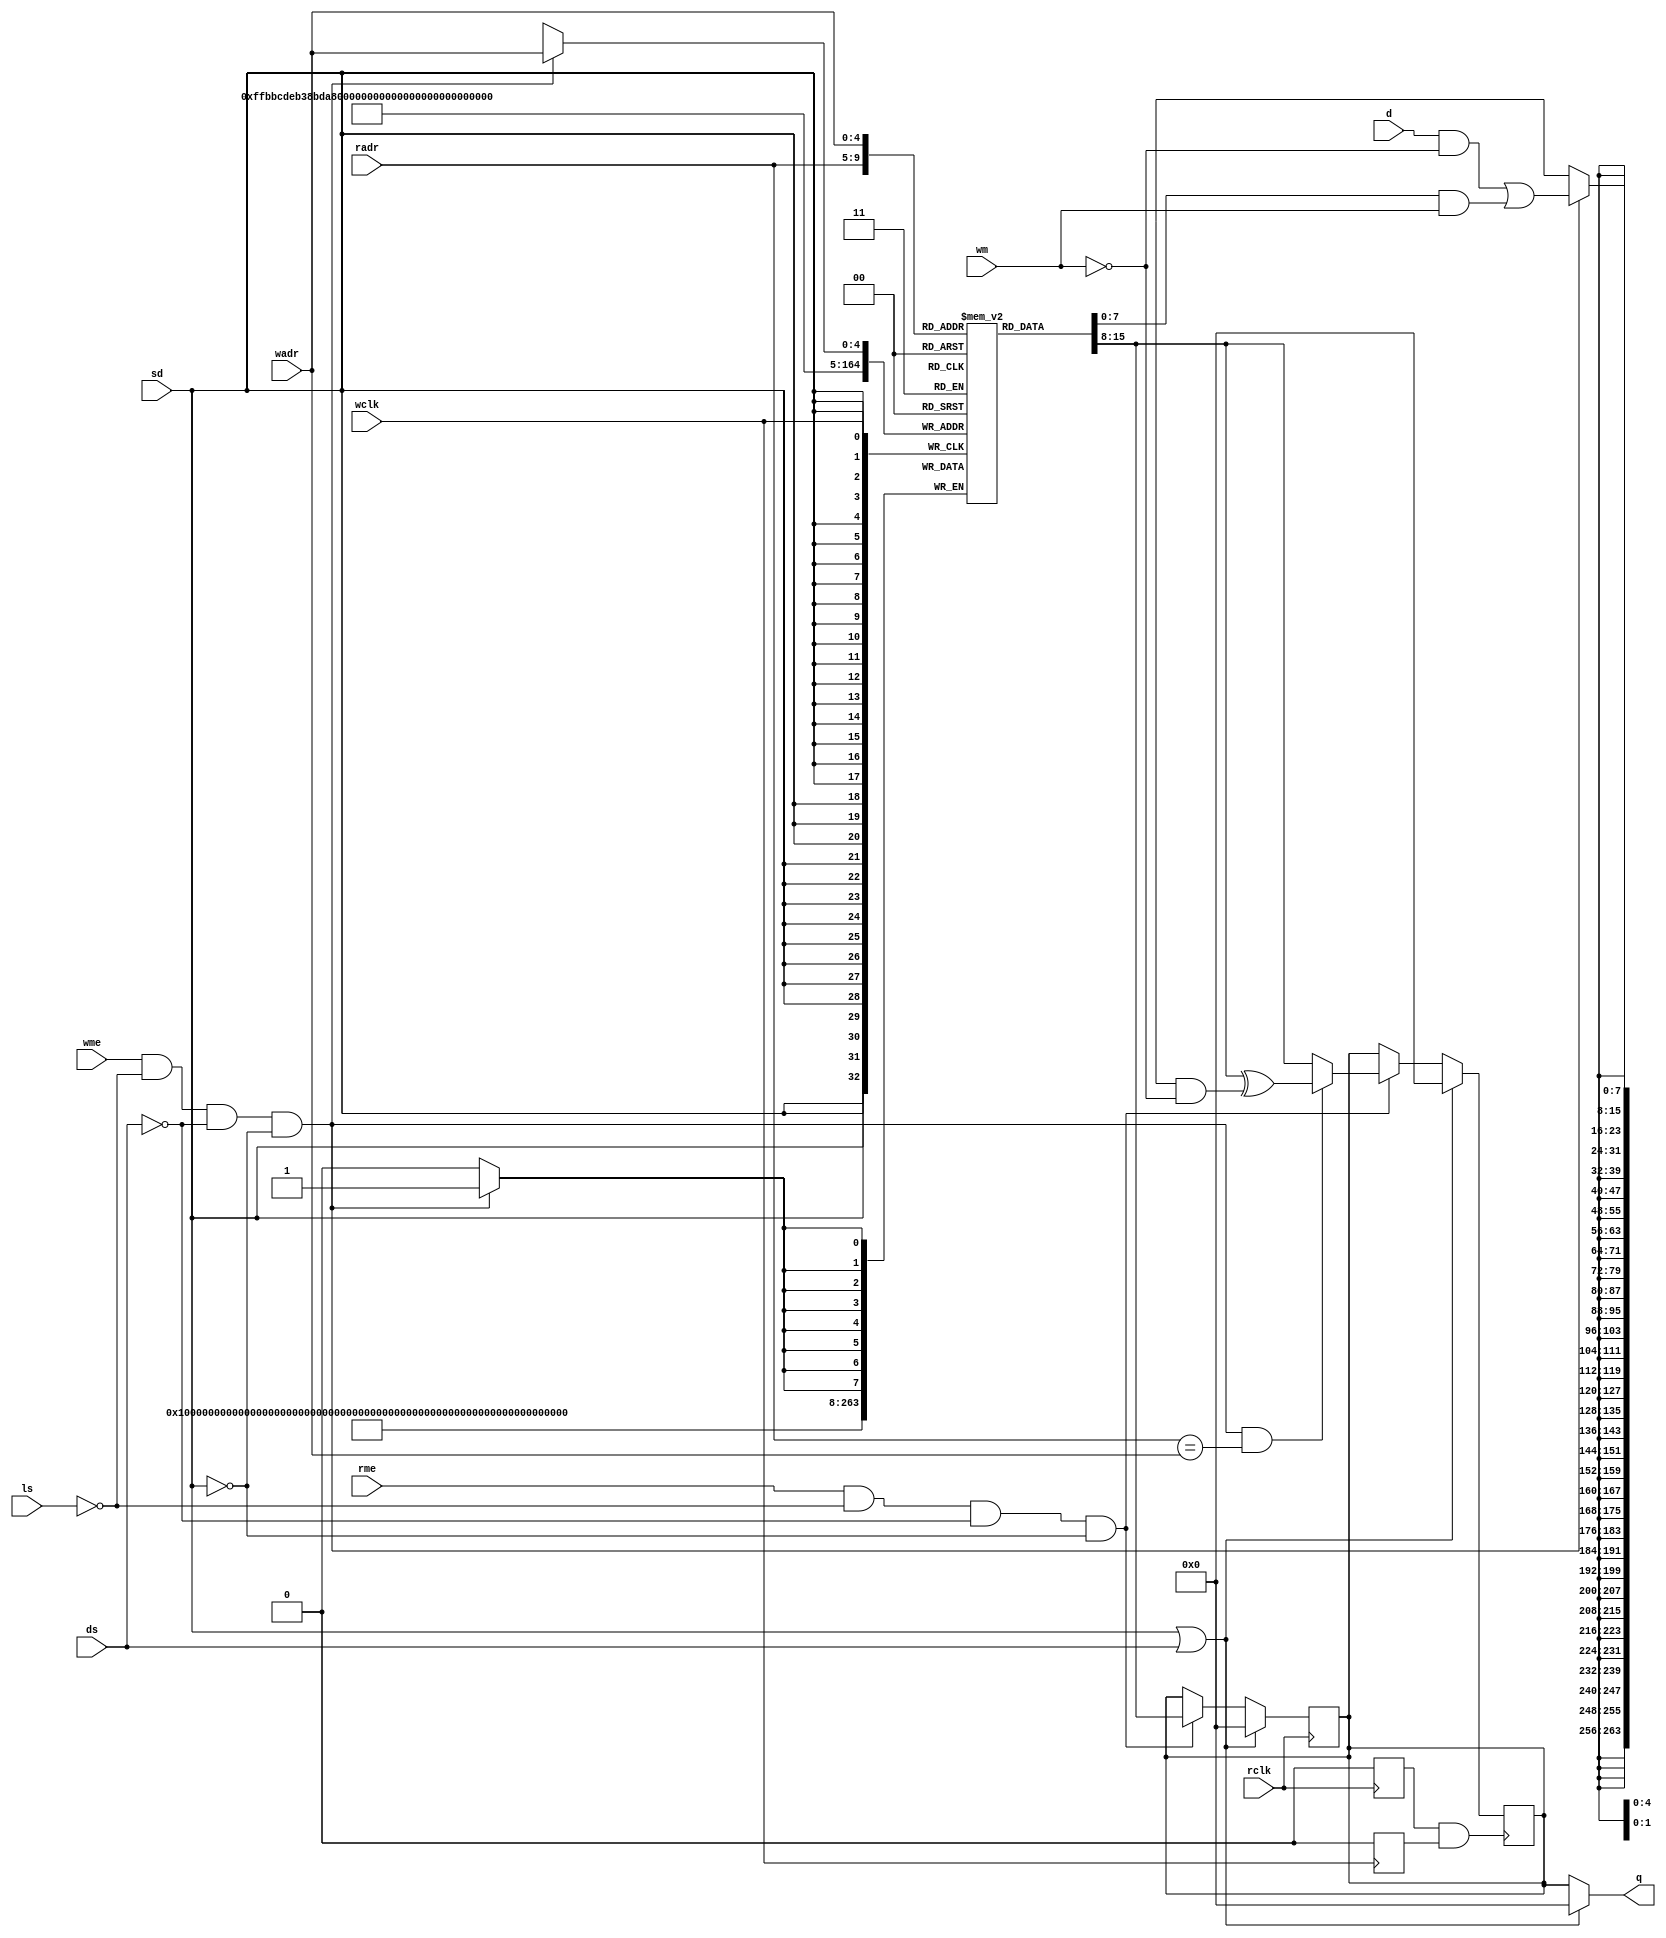
//------------------------------------------------------------------------------
// Catapult Synthesis - Sample I/O Port Library
//
// Copyright (c) 2003-2015 Mentor Graphics Corp.
//       All Rights Reserved
//
// This document may be used and distributed without restriction provided that
// this copyright statement is not removed from the file and that any derivative
// work contains this copyright notice.
//
// The design information contained in this file is intended to be an example
// of the functionality which the end user may study in preparation for creating
// their own custom interfaces. This design does not necessarily present a 
// complete implementation of the named protocol or standard.
//
//------------------------------------------------------------------------------

//=========================================================================================
// 1read/1write PORT SYNCHRONOUS MEMORY
//  -- Models cycle accurate behaviour
//  -- No memory hazard / coruption  is modeled  
//  -- Models Advanced Power Modes (Light Sleep, Deep Sleep, Shutdown) 
//  -- Models bit-level write bitmask (if mask bit is 1 then write is not done on that bit)
//  -- Models write-through behavior
//  -- Models read-write contention
//==========================================================================================

// MEMORY INTERFACE PINS
//  rclk - read port clock (rising edge)
//  rme  - read port select (active high)
//  radr - read port address
//  q    - read data output
//
//  wclk - write port clock (rising edge)
//  wme  - write port select (active high)
//  wadr - write port address
//  d    - write port data
//  wm   - write mask (if bit == 1 write is masked)
//
//  ls   - light sleep mode (active high?)
//  ds   - deep sleep mode (active high?)
//  sd   - shut down (active high?)
//
// MEMORY CONFIGURATION PARAMETERS
//  AW                      - address bus width
//  DW                      - data bus width
//  WT                      - write-through mode (1 for synchronous write through feature)
//  NW                      - number of words (must fit in space addressable by AW)
//  ds_sd_zero              - ???
//  UHD_arch                - ???
//  READ_BEFORE_WRITE       - read before write mode (1 == read-before-write, 0 == read-after-write)
//  LS_DEPTH                - ???
//  TCSEP                   - ???
//  WC_CORRUPT_OVERLAP_BITS - ???
//  RC_CORRUPT_ALL_BITS     - ??? // in case of the read conflict, corrupt all bits irrespective of the mask
//  RC_CORRUPT_WRITE        - ???

module calypto_mem_1r1w (q, rclk, rme, radr, wclk, wme, wm, wadr, d,ls, ds, sd);
   parameter AW = 5;
   parameter DW = 8;
   parameter NW = 32;
   parameter WT = 0;  // set to 1 for synchronous write through feature
   parameter ds_sd_zero = 1;
   parameter UHD_arch = 0;
   parameter READ_BEFORE_WRITE = 0;
   parameter LS_DEPTH = 1;
   parameter TCSEP = 0.001;
   parameter WC_CORRUPT_OVERLAP_BITS = 0;
   parameter RC_CORRUPT_ALL_BITS = 0;  // in case of the read conflict, corrupt all bits irrespective of the mask
   parameter RC_CORRUPT_WRITE = 0;

   output [DW-1:0] q;    // read data (valid on read)
   input           rclk; // clock positive edge triggered
   input           rme;  // read port selected when high
   input [AW-1:0]  radr; // read  address 

   input           wclk; // clock positive edge triggered
   input           wme;  // write port selected when high
   input [AW-1:0]  wadr; // write  address 
   input [DW-1:0]  d;    // write data (used on write)
   input [DW-1:0]  wm;   // write mask (if bit == 1 write is masked)

   input           ls;   // lightsleep
   input           ds;   // deep sleep
   input           sd;   // shut down

   localparam R_B_W = READ_BEFORE_WRITE ? READ_BEFORE_WRITE : UHD_arch;

   ///-- LOCAL SIGNALS
   wire [DW-1:0]   din;
   reg [DW-1:0]    rd_ff;
   reg [DW-1:0]    mem_core_array [0:(1<<AW)-1];
   reg             ls_int;
   wire            ren;
   wire            wen;
   wire            sel_pwr;
   wire            same_clk_edge;

   ///-- READ WITH CONFLICT CHECK
   task ReadPort_CC;
   begin
      if (sel_pwr)   
         rd_ff = (ds_sd_zero) ? {DW{1'b0}} : {DW{1'bX}};
      else
         if (ren)
            begin
               if (!R_B_W & wen & (radr == wadr))
                  begin
                     //rd_ff =  (WT == 1'b0) ? (mem_core_array[radr] ^ ({DW{1'bX}} & ~ wm)) : din;
                     rd_ff = (WT == 1'b0) ? RC_CORRUPT_ALL_BITS?{DW{1'bX}}:(mem_core_array[radr] ^ ({DW{1'bX}} & ~wm)) : din;
                     $display("READ Conflict for address %d at time %t", radr, $realtime);
                  end
               else
                  rd_ff = mem_core_array[radr];
            end
         else 
            if (WT & wen)
               begin
                  rd_ff =  din;
               end
   end
   endtask

`ifndef CALYPTO_SYNTH

   reg CLK_R_T, CLK_W_T;
   always @(posedge rclk)
      begin
         CLK_R_T = 1'b1;
         #TCSEP CLK_R_T = 1'b0;
      end

   always @(posedge wclk)
      begin
         CLK_W_T = 1'b1;
         #TCSEP CLK_W_T = 1'b0;
      end

   assign same_clk_edge = CLK_R_T & CLK_W_T;

   //-- READ WITHOUT CONFLICT
   always @(posedge rclk)
      begin
         if (sel_pwr)   
            rd_ff =  ds_sd_zero ? {DW{1'b0}} : {DW{1'bX}};
         else
            if (WT ? (wen | ren) : ren)
               rd_ff = mem_core_array[radr];
      end

   integer i;
   always @(posedge sd)
      begin
         for (i = 0 ; i < NW ; i = i + 1)
            begin
               mem_core_array[i] = {DW{1'bX}};
            end
      end

   always @(ls)
      ls_int = ls;

`else

   (* ls_regs *) // registers with ls_regs attribute
   reg [LS_DEPTH-1:0] ls_regs_rclk, ls_regs_wclk;

   integer 	      i;

   generate
      if (LS_DEPTH < 2)
         begin
            always @ (posedge rclk)
               ls_regs_rclk = ls;
            always @ (posedge wclk)
               ls_regs_wclk = ls;
         end
      else
         begin
            always @ (posedge rclk)
               ls_regs_rclk = {ls_regs_rclk[LS_DEPTH-2:0], ls};
            always @ (posedge wclk)
               ls_regs_wclk = {ls_regs_wclk[LS_DEPTH-2:0], ls};
         end
   endgenerate

   always @(*)
      begin
         ls_int = ls;
         for (i=0; i<LS_DEPTH; i = i + 1)
            begin
               ls_int = ls_int | (ls_regs_rclk[i] & ls_regs_wclk[i]);
            end
      end

   assign same_clk_edge = rclk;
   
`endif

   assign ren = rme & !ls_int & !ds & !sd ;
   assign wen = wme & !ls_int  & !ds & !sd;
   assign sel_pwr = sd | ds;
   assign q = (sel_pwr) ? ((ds_sd_zero) ? {DW{1'b0}} : {DW{1'bX}}) : rd_ff;

   //-- Override when conflict occurs on aligned edges
   always @(posedge same_clk_edge)
      begin
         ReadPort_CC;
      end

   ///-- WRITE 
   assign din = (d & ~wm) | (mem_core_array[wadr] & wm); 
   always @(posedge wclk)
     if (!R_B_W && wen)
        begin
           mem_core_array[wadr] = din;
        end

endmodule